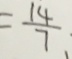
= \frac { 1 4 } { 7 } -